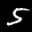
Label: 5